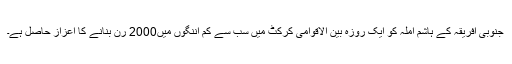
جنوبی افریقہ کے ہاشم آملہ کو ایک روزہ بین الاقوامی کرکٹ میں سب سے کم اننگوں میں2000 رن بنانے کا اعزاز حاصل ہے۔